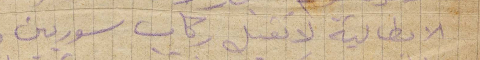
الإيطالية لا تقبل ركاب سوريين